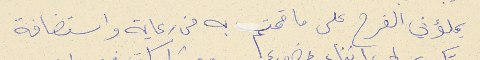
يملؤني الفرح على ما قمتم به من رعاية واستضافة